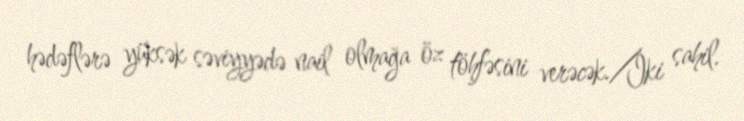
hədəflərə yüksək səviyyədə nail olmağa öz töhfəsini verəcək./İki sahil.